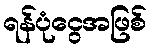
ရန်ပုံငွေအဖြစ်